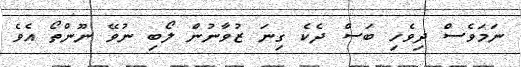
ނަމަވެސް ދިވެހި ބަސް ދެކެ ގިނަ ޒުވާނުން ލޯބި ނުވޭ ނޫންތޯ އެވެ